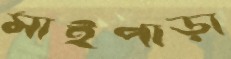
মাইপাড়া